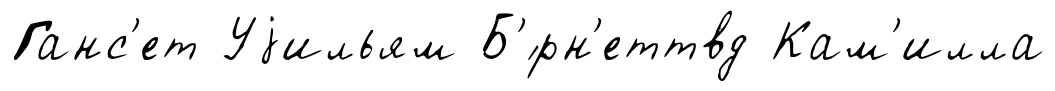
Ганс'ет Уjильям Б'́рн'еттвд Кам'илла